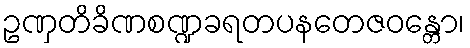
ဥဏှတိခိဏစဏ္ဍခရတပနတေဇဝန္တော၊